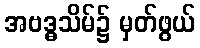
အဗဒ္ဓသိမ်၌ မှတ်ဖွယ်